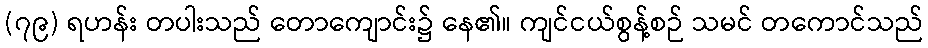
(၇၉) ရဟန်း တပါးသည် တောကျောင်း၌ နေ၏။ ကျင်ငယ်စွန့်စဉ် သမင် တကောင်သည်